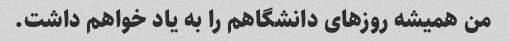
من همیشه روزهای دانشگاهم را به یاد خواهم داشت.